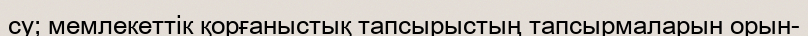
су; мемлекеттік қорғаныстық тапсырыстың тапсырмаларын орын-